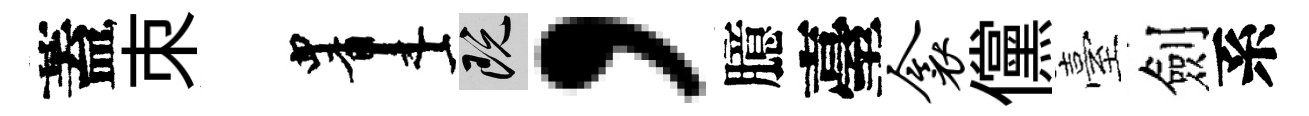
蓋朿画既，臆臺衾儻臺劍系